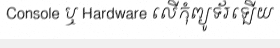
Console ឬ Hardware លើកុំព្យូទ័រឡើយ